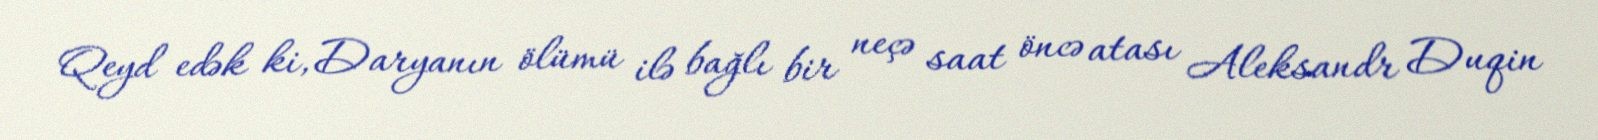
Qeyd edək ki, Daryanın ölümü ilə bağlı bir neçə saat öncə atası Aleksandr Duqin